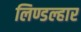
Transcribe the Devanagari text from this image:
लिण्डल्हार